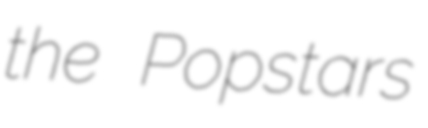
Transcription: the Popstars